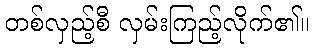
တစ်လှည့်စီ လှမ်းကြည့်လိုက်၏။